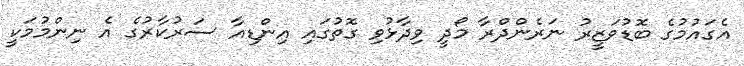
އެގައުމުގެ ބޮޑުވަޒީރު ނަރެންދްރާ މޯދީ ވިދާޅުވި ގޮތުގައި އިންޑިއާ ސަރުކާރުގެ އެ ނިންމުމަކީ